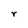
Character: r